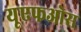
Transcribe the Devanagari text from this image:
यूएफओस